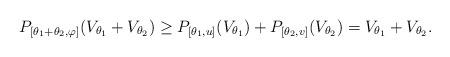
LaTeX: \begin{align*}P_{[\theta_1 +\theta_2,\varphi]}(V_{\theta_1}+V_{\theta_2}) \geq P_{[\theta_1,u]}(V_{\theta_1}) +P_{[\theta_2,v]}(V_{\theta_2})=V_{\theta_1}+V_{\theta_2}. \end{align*}